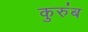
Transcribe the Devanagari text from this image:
कुरुंब